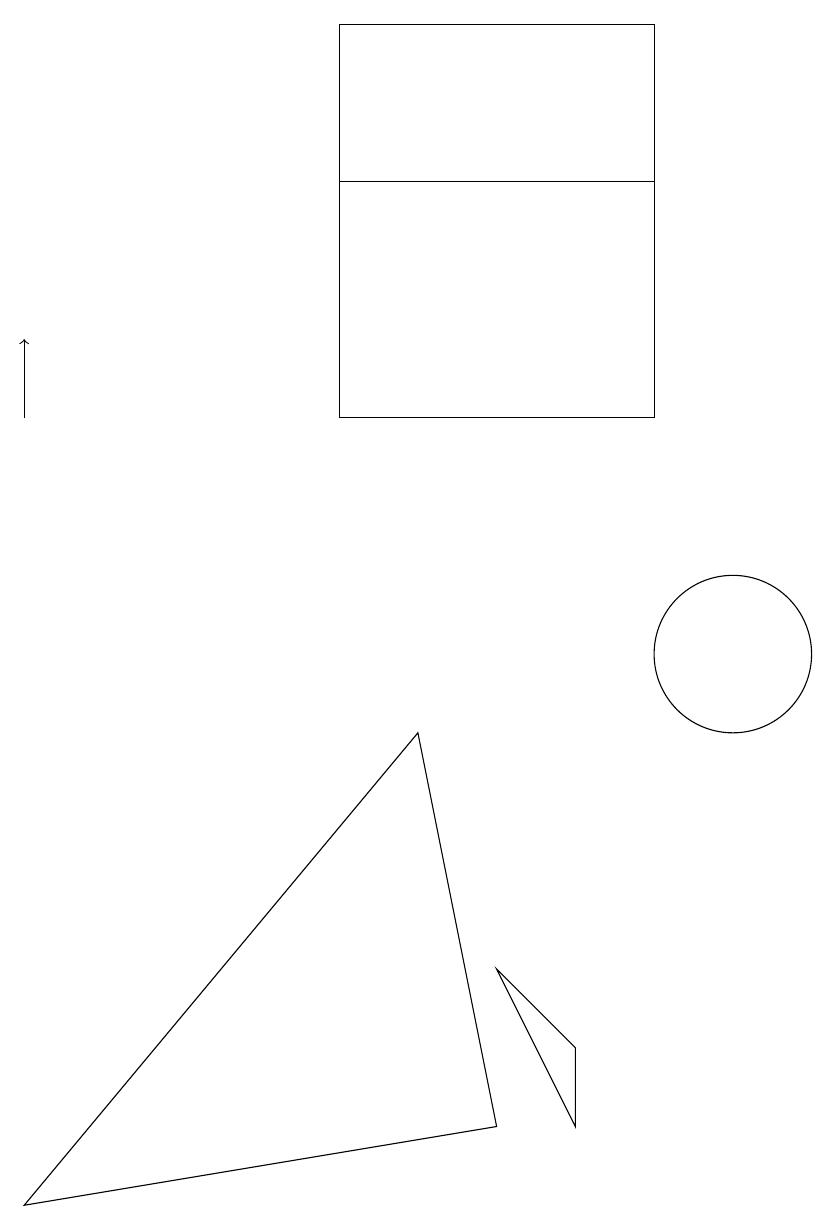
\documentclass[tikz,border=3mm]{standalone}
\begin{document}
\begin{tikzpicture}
\draw (7,6) -- (8,5) -- (8,4) -- cycle;
\draw (5,16) rectangle (9,18);
\draw (10,10) circle (1);
\draw (6,9) -- (7,4) -- (1,3) -- cycle;
\draw (9,16) rectangle (5,13);
\draw[->] (1,13) -- (1,14);
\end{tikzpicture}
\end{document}